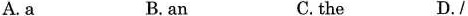
A.a B. an C.the D./